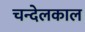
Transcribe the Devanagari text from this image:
चन्देलकाल